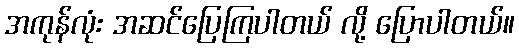
အကုန်လုံး အဆင်ပြေကြပါတယ် လို့ ပြောပါတယ်။